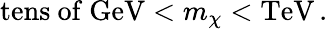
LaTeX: \mathrm{tens~of~GeV}<m_{\chi}<\mathrm{TeV\, .}